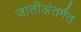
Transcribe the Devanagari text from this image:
जातीअंतर्गत